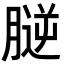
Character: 𦞮